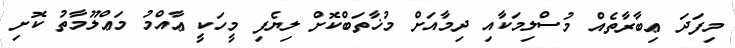
މިފަދަ ޢިބާރާތެއް މުސްލިމަކާއި ދިމާއަށް މުޚާތަބްކޮށް ލިޔެފި މީހަކީ ޢާއްމު މަޢްލޫމާތު ކޮށި